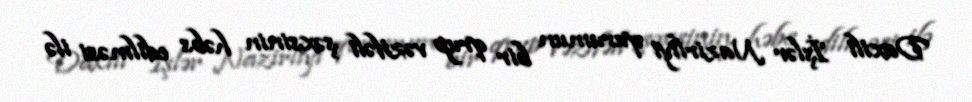
Daxili İşlər Nazirliyi qurumun bir qrup vəzifəli şəxsinin həbs edilməsi ilə